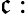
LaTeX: \mathfrak{c}: